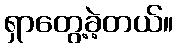
ရှာတွေ့ခဲ့တယ်။